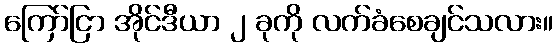
ကြော်ငြာ အိုင်ဒီယာ ၂ ခုကို လက်ခံစေချင်သလား။